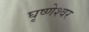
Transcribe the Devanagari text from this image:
घृष्‍णेश्‍वर